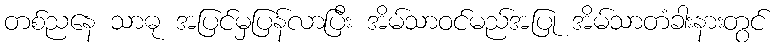
တစ်ညနေ သာဓု အပြင်မှပြန်လာပြီး အိမ်သာဝင်မည်အပြု အိမ်သာတံခါးနားတွင်